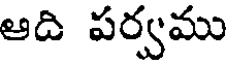
ఆది పర్వము